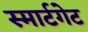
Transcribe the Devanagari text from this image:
स्मार्टगेट